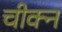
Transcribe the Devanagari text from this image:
चीक्न